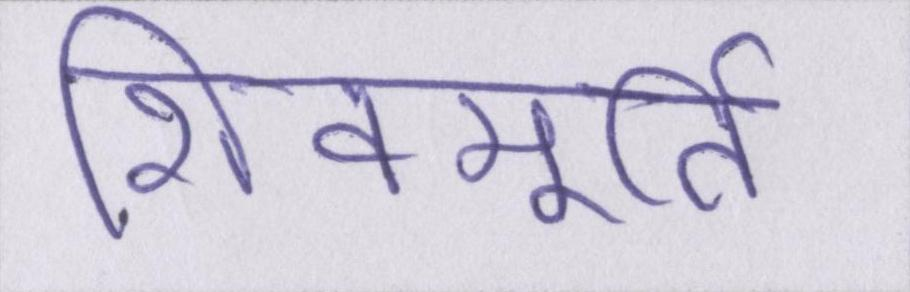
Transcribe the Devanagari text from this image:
शिवमूर्ति